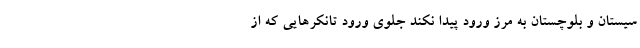
سیستان و بلوچستان به مرز ورود پیدا نکند جلوی ورود تانکرهایی که از